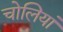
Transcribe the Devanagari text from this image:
चोलियां